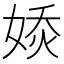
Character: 𡞊